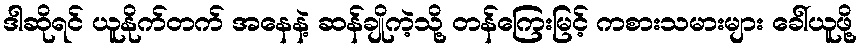
ဒါဆိုရင် ယူနိုက်တက် အနေနဲ့ ဆန်ချိုကဲ့သို့ တန်ကြေးမြင့် ကစားသမားများ ခေါ်ယူဖို့